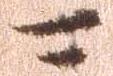
可